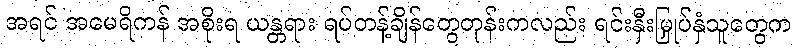
အရင် အမေရိကန် အစိုးရ ယန္တရား ရပ်တန့်ချိန်တွေတုန်းကလည်း ရင်းနှီးမြှုပ်နှံသူတွေက